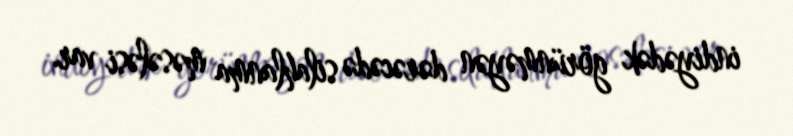
indiyədək görünməyən dərəcədə silahlanma məsələsi var.